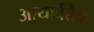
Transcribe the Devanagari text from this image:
आयार्वत्तैर्क